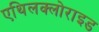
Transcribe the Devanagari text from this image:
एथिलक्लोराइड